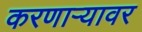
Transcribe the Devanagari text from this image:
करणाऱ्यावर